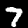
Label: 7